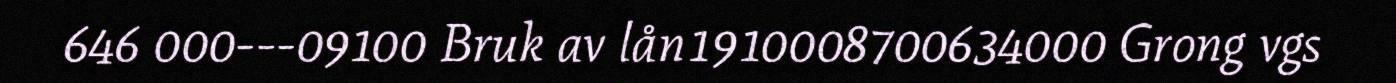
646 000---09100 Bruk av lån1910008700634000 Grong vgs